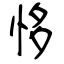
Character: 恀